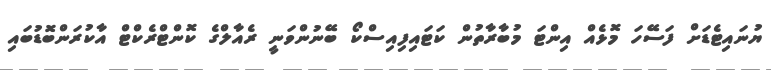
ޔުނައިޓެޑަށް ފަސޭހަ މޮޅެއް އިންޓަ މުބާރާތުން ކަޓައިފިއިސްކޯ ބޭނުންވަނީ ރެއާލްގެ ކޮންޓްރެކްޓް އާކުރަންބޮޑުބައި